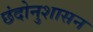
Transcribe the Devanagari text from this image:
छंदोनुशासन